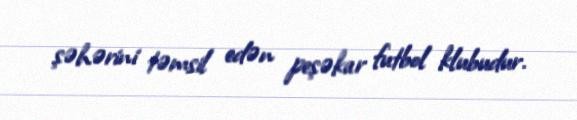
şəhərini təmsil edən peşəkar futbol klubudur.